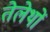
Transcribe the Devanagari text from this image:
तेलेथों